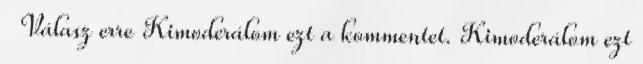
Válasz erre Kimoderálom ezt a kommentet. Kimoderálom ezt